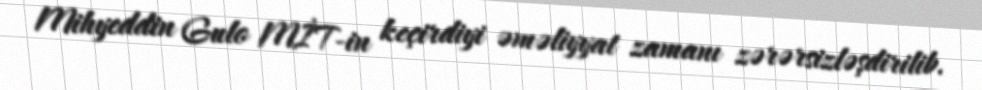
Mihyeddin Gulo MİT-in keçirdiyi əməliyyat zamanı zərərsizləşdirilib.